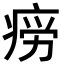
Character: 𭼎